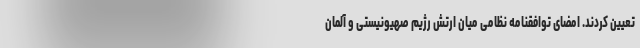
تعیین کردند. امضای توافقنامه نظامی میان ارتش رژیم صهیونیستی و آلمان